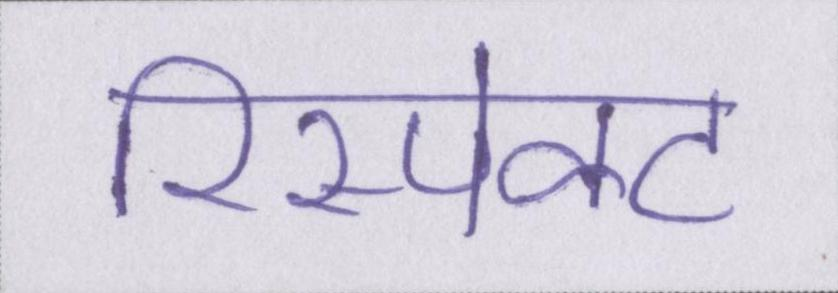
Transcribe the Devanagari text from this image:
रिस्पेक्ट